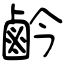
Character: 鹶